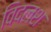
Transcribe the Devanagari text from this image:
विदलश